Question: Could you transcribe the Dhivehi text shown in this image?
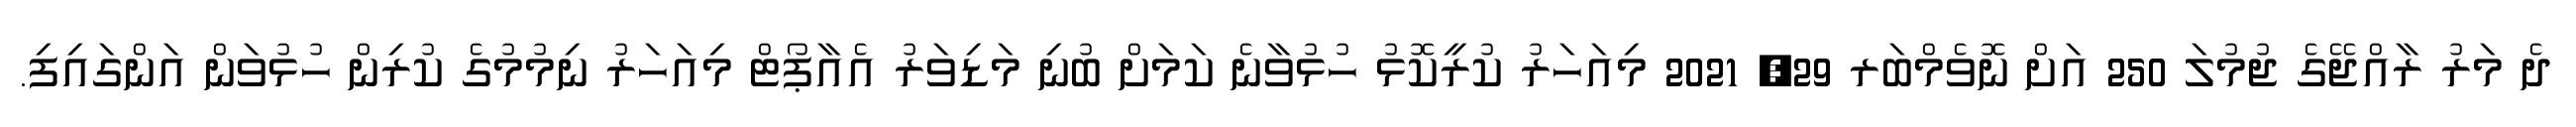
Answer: ދެ މަރު ރާއްޖޭގެ ޖުމުލަ 250 އަށް ނޮވެމްބަރ 29, 2021 މިއަހަރު ކުރީކޮޅު ހުޅުވާނެ ކަމަށް ބުނި މަޑިވަރު އެއާޕޯޓް މިއަހަރު ނިމުމުގެ ކުރިން ހުޅުވަން އަންގައިފި.